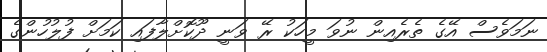
ނަމަވެސް އޭގެ ތެރެއިން ނުވަ މީހަކު ރޭ ވަނީ ދޫކޮށްލާފައި ކަމަށް ފުލުހުންގެ